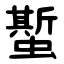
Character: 蟴